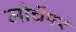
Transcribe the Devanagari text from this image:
मोर्चेपर